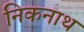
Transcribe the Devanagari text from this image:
निकनाथ